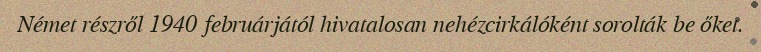
Német részről 1940 februárjától hivatalosan nehézcirkálóként sorolták be őket.